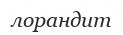
лорандит